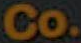
Co.